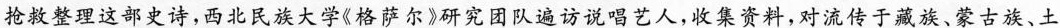
抢救整理这部史诗，西北民族大学《格萨尔》研究团队遍访说唱艺人，收集资料，对流传于藏族、蒙古族、土